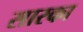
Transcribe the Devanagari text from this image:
सारका